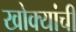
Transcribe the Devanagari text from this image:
खोक्यांची